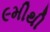
૯મીથી